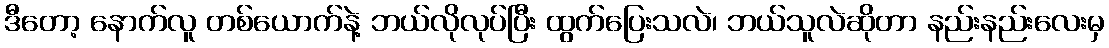
ဒီတော့ နောက်လူ တစ်ယောက်နဲ့ ဘယ်လိုလုပ်ပြီး ထွက်ပြေးသလဲ၊ ဘယ်သူလဲဆိုတာ နည်းနည်းလေးမှ